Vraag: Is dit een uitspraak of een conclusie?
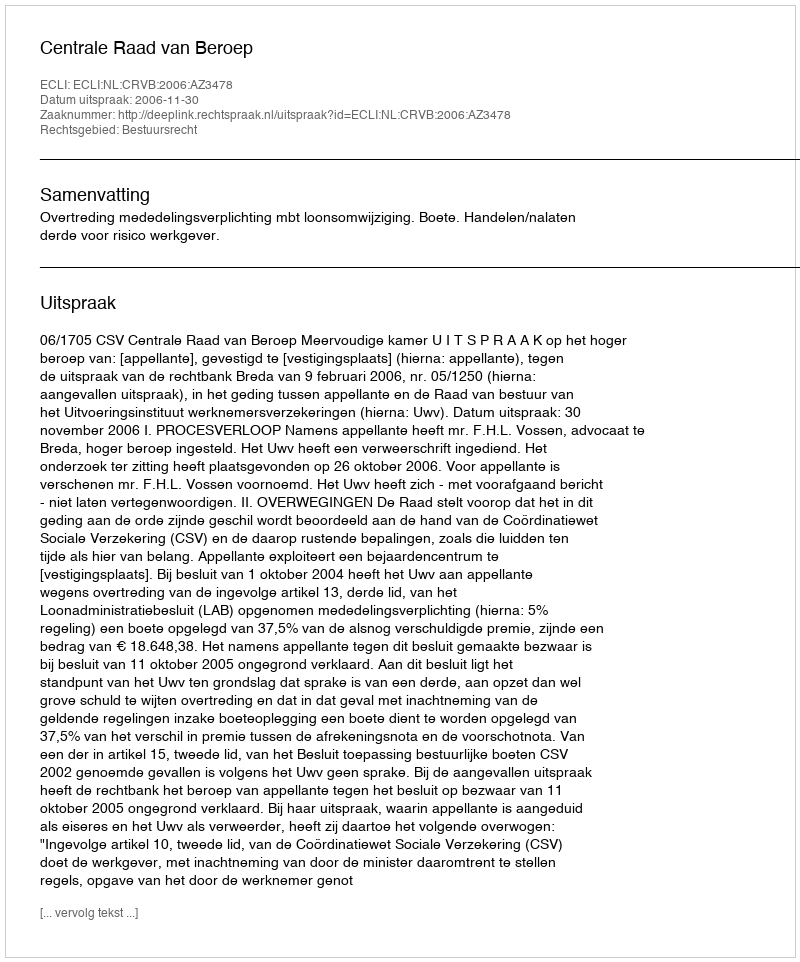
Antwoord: Uitspraak